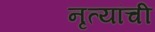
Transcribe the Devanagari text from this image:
नृत्यांची